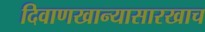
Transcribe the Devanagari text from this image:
दिवाणखान्यासारखाच